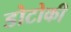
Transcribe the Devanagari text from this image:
डोटोकी